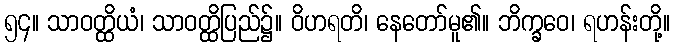
၅၄။ သာဝတ္ထိယံ၊ သာဝတ္ထိပြည်၌။ ဝိဟရတိ၊ နေတော်မူ၏။ ဘိက္ခဝေ၊ ရဟန်းတို့။